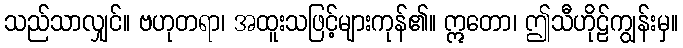
သည်သာလျှင်။ ဗဟုတရာ၊ အထူးသဖြင့်များကုန်၏။ ဣတော၊ ဤသီဟိုဠ်ကျွန်းမှ။